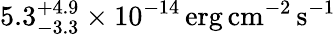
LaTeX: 5.3_{-3.3}^{+4.9}\times 10^{-14}\mathrm{\, erg\, cm^{-2}\, s^{-1}}